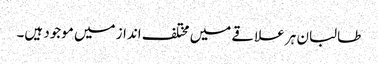
طالبان ہر علاقے میں مختلف انداز میں موجود ہیں۔